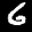
Label: 6